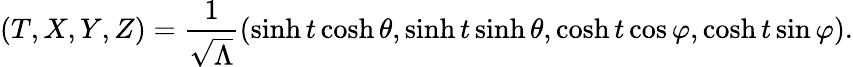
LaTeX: (T,X,Y,Z)=\frac{1}{\sqrt{\Lambda}}(\sinh t\cosh\theta,\sinh t\sinh\theta,\cosh t\cos\varphi,\cosh t\sin\varphi).